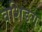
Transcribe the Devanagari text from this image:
वशिङग्